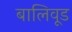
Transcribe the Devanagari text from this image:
बालिवूड